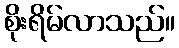
စိုးရိမ်လာသည်။